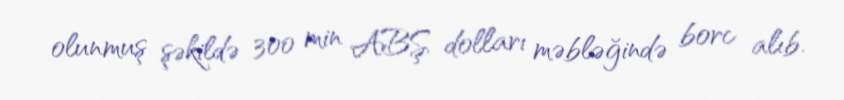
olunmuş şəkildə 300 min ABŞ dolları məbləğində borc alıb.